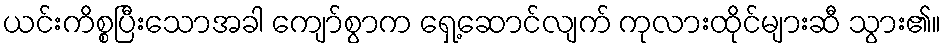
ယင်းကိစ္စပြီးသောအခါ ကျော်စွာက ရှေ့ဆောင်လျက် ကုလားထိုင်များဆီ သွား၏။